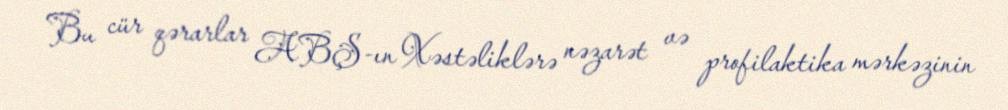
Bu cür qərarlar ABŞ-ın Xəstəliklərə nəzarət və profilaktika mərkəzinin